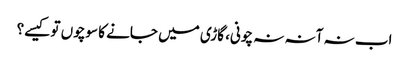
اب نہ آنہ نہ چونی، گاڑی میں جانے کا سوچوں تو کیسے؟